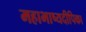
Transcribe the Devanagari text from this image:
महाभाष्यदीपिका